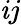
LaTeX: \mathit{i}j